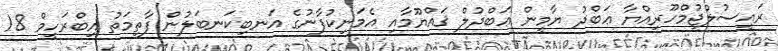
ރައީސުލްޖުމްހޫރިއްޔާ ޢަބްދު ޔާމީން ޢަބްދުލް ޤައްޔޫމާއި އެމަނިކުފާނުގެ އަނބިކަނބަލުން ފާތިމަތު އިބްރަހީމް 18